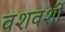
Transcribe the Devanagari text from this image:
वशवर्शी